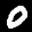
Label: 0